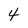
Character: 4